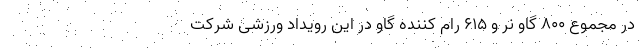
در مجموع ۸۰۰ گاو نر و ۶۱۵ رام کننده گاو در این رویداد ورزشی شرکت